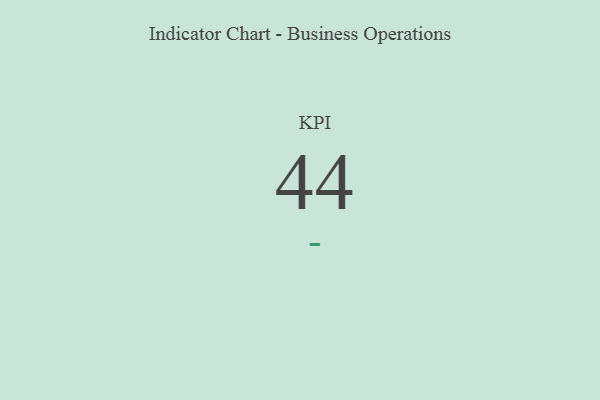
{"axis": {"x": "KPI", "y": "Value"}, "legend": [""], "data": [{"x": "KPI", "y": 44, "type": ""}]}